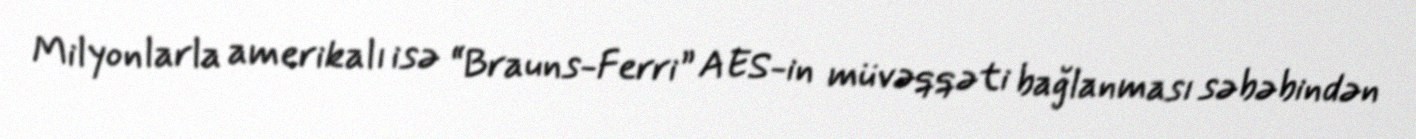
Milyonlarla amerikalı isə “Brauns-Ferri” AES-in müvəqqəti bağlanması səbəbindən